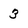
Character: 3